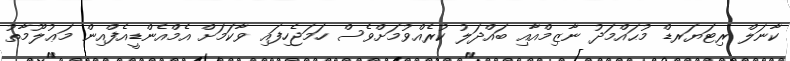
ކާނަލް ރިޓަޔަރޑް މުޙައްމަދު ނާޒިމްއާއި ބައްދަލު ކުރެއްވުމަށްވެސް ހަމަޖެހިފައި ވާކަމަށް އެމްއެންޑީއެފްއިން މަޢުލޫމާތު